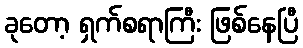
ခုတော့ ရှက်စရာကြီး ဖြစ်နေပြီ